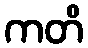
ကတိ